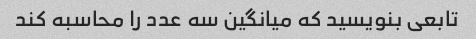
تابعی بنویسید که میانگین سه عدد را محاسبه کند